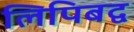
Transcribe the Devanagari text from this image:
लिपिबद्व